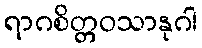
ရာဂစိတ္တဝသာနုဂါ